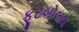
ફૂટબોલલ